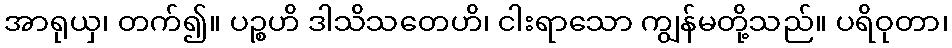
အာရုယှ၊ တက်၍။ ပဉ္စဟိ ဒါသိသတေဟိ၊ ငါးရာသော ကျွန်မတို့သည်။ ပရိဝုတာ၊